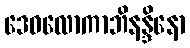
ဒေဝလောကာဘိနန္ဒိနော